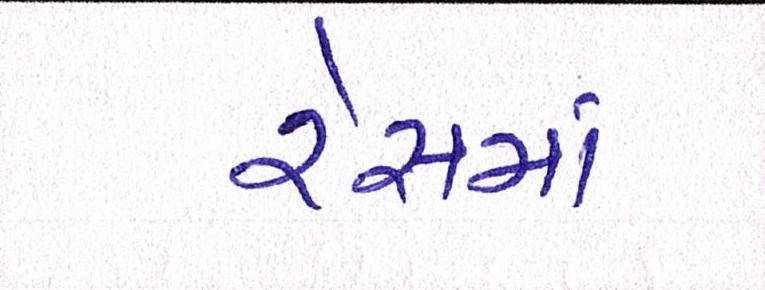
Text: રેસમાં